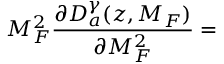
M _ { F } ^ { 2 } \frac { \partial D _ { a } ^ { \gamma } ( z , M _ { F } ) } { \partial M _ { F } ^ { 2 } } =